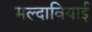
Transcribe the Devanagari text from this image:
मल्दावियाई